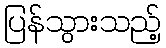
ပြန်သွားသည့်